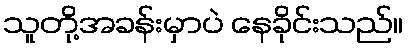
သူတို့အခန်းမှာပဲ နေခိုင်းသည်။